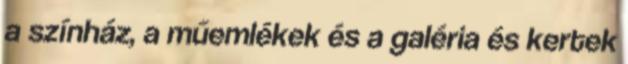
a színház, a műemlékek és a galéria és kertek